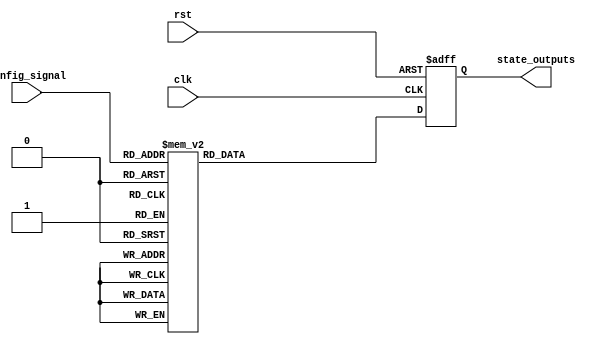
module ConfigurableInitialConditions #(
    parameter NUM_OUTPUTS = 8, // Number of state output signals
    parameter CONFIG_WIDTH = 3  // Width of the config signal (to select initial states)
)(
    input wire [CONFIG_WIDTH-1:0] config_signal, // Multi-bit input for initial conditions
    input wire clk,                            // Clock signal
    input wire rst,                            // Reset signal (active high)
    output reg [NUM_OUTPUTS-1:0] state_outputs // State output signals
);

    // Internal parameters for initial conditions
    localparam [NUM_OUTPUTS-1:0] CONDITION_0 = 8'b00000001; // Initial condition for config 0
    localparam [NUM_OUTPUTS-1:0] CONDITION_1 = 8'b00000010; // Initial condition for config 1
    localparam [NUM_OUTPUTS-1:0] CONDITION_2 = 8'b00000100; // Initial condition for config 2
    localparam [NUM_OUTPUTS-1:0] CONDITION_3 = 8'b00001000; // Initial condition for config 3
    localparam [NUM_OUTPUTS-1:0] CONDITION_4 = 8'b00010000; // Initial condition for config 4
    localparam [NUM_OUTPUTS-1:0] CONDITION_5 = 8'b00100000; // Initial condition for config 5
    localparam [NUM_OUTPUTS-1:0] CONDITION_6 = 8'b01000000; // Initial condition for config 6
    localparam [NUM_OUTPUTS-1:0] CONDITION_7 = 8'b10000000; // Initial condition for config 7

    // Combinational logic to select the initial condition based on the config_signal
    reg [NUM_OUTPUTS-1:0] next_state;

    always @(*) begin
        case (config_signal)
            3'b000: next_state = CONDITION_0;
            3'b001: next_state = CONDITION_1;
            3'b010: next_state = CONDITION_2;
            3'b011: next_state = CONDITION_3;
            3'b100: next_state = CONDITION_4;
            3'b101: next_state = CONDITION_5;
            3'b110: next_state = CONDITION_6;
            3'b111: next_state = CONDITION_7;
            default: next_state = {NUM_OUTPUTS{1'b0}}; // Default to all zeros
        endcase
    end

    // Sequential logic to update the state_outputs
    always @(posedge clk or posedge rst) begin
        if (rst) begin
            state_outputs <= {NUM_OUTPUTS{1'b0}}; // Reset to default state (all zeros)
        end else begin
            state_outputs <= next_state; // Update to the selected initial condition
        end
    end

endmodule